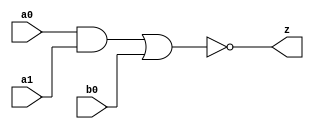
//#############################################################################
//# Function: And-Or-Inverter (aoi21) Gate                                    #
//# Copyright: Lambda Project Authors. All rights Reserved.                   #
//# License:  MIT (see LICENSE file in Lambda repository)                     #
//#############################################################################

module la_aoi21 #(
    parameter PROP = "DEFAULT"
) (
    input  a0,
    input  a1,
    input  b0,
    output z
);

    assign z = ~((a0 & a1) | b0);

endmodule